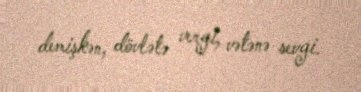
demişkən, dövlətə vergi, vətənə sevgi.